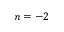
n = - 2